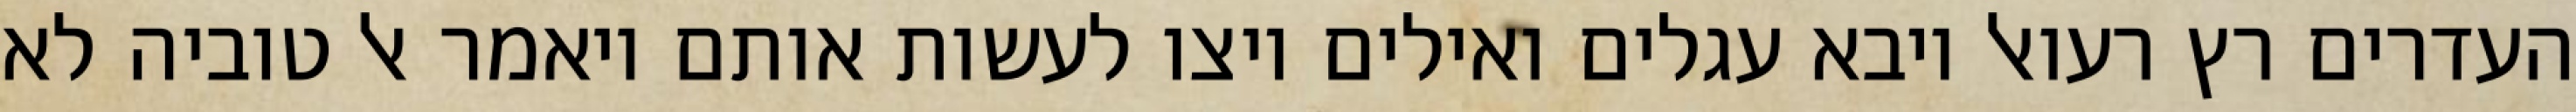
העדרים רץ רעואל ויבא עגלים ואילים ויצו לעשות אותם ויאמר אל טוביה לא